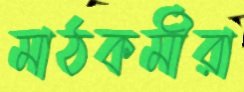
মাঠকর্মীরা